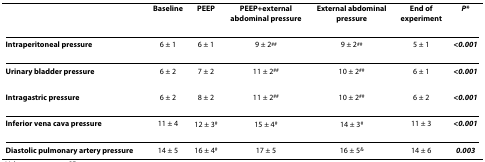
|  | Baseline | PEEP | PEEP+external abdominal pressure | External abdominal pressure | End of experiment | P* |
 | --- | --- | --- | --- | --- | --- | --- |
 | Intraperitoneal pressure | 6 ± 1 | 6 ± 1 | 9 ± 2## | 9 ± 2## | 5 ± 1 | <0.001 |
 | Urinary bladder pressure | 6 ± 2 | 7 ± 2 | 11 ± 2## | 10 ± 2## | 6 ± 1 | <0.001 |
 | Intragastric pressure | 6 ± 2 | 8 ± 2 | 11 ± 2## | 10 ± 2## | 6 ± 2 | <0.001 |
 | Inferior vena cava pressure | 11 ± 4 | 12 ± 3# | 15 ± 4# | 14 ± 3# | 11 ± 3 | <0.001 |
 | Diastolic pulmonary artery pressure | 14 ± 5 | 16 ± 4# | 17 ± 5 | 16 ± 5& | 14 ± 6 | 0.003 |